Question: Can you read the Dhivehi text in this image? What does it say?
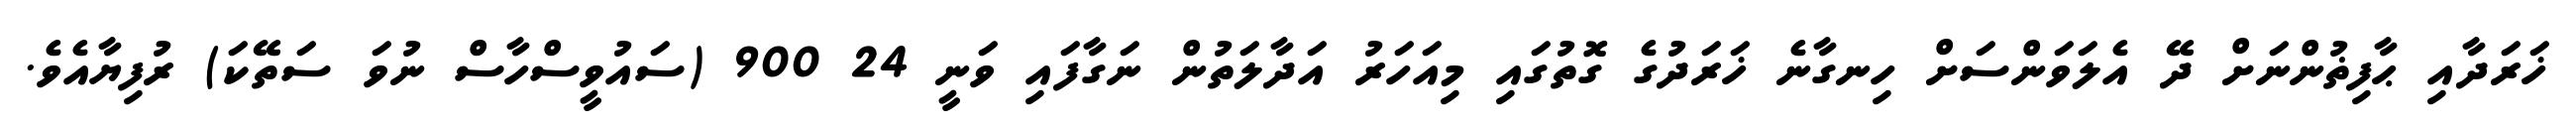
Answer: ޚަރަދާއި ޙާފިޡުންނަށް ދޭ އެލަވަންސަށް ހިނގާނެ ޚަރަދުގެ ގޮތުގައި މިއަހަރު އަދާލަތުން ނަގާފައި ވަނީ 24 900 (ސައުވީސްހާސް ނުވަ ސަތޭކަ) ރުފިޔާއެވެ.